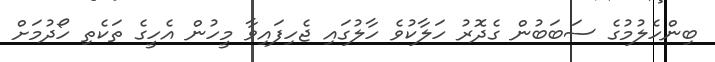
ބިންހެލުމުގެ ސަބަބުން ގެދޮރު ހަލާކުވެ ހާލުގައި ޖެހިފައިވާ މީހުން އެހީގެ ތަކެތި ހޯދުމަށް